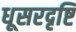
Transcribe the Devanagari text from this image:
धूसरदृष्टि